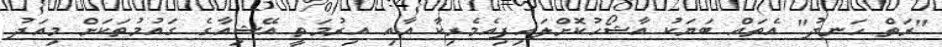
"ރަތް ހަނދު" އެތައް ބަޔަކު އާޝޯހުކޮށްލައިފިއެމެރިކާ އާއި އިރުމަތީ އޭޝިއާގެ ގައުމުތަކަށް މިއަދު